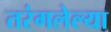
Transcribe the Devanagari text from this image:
तरंगलेल्या